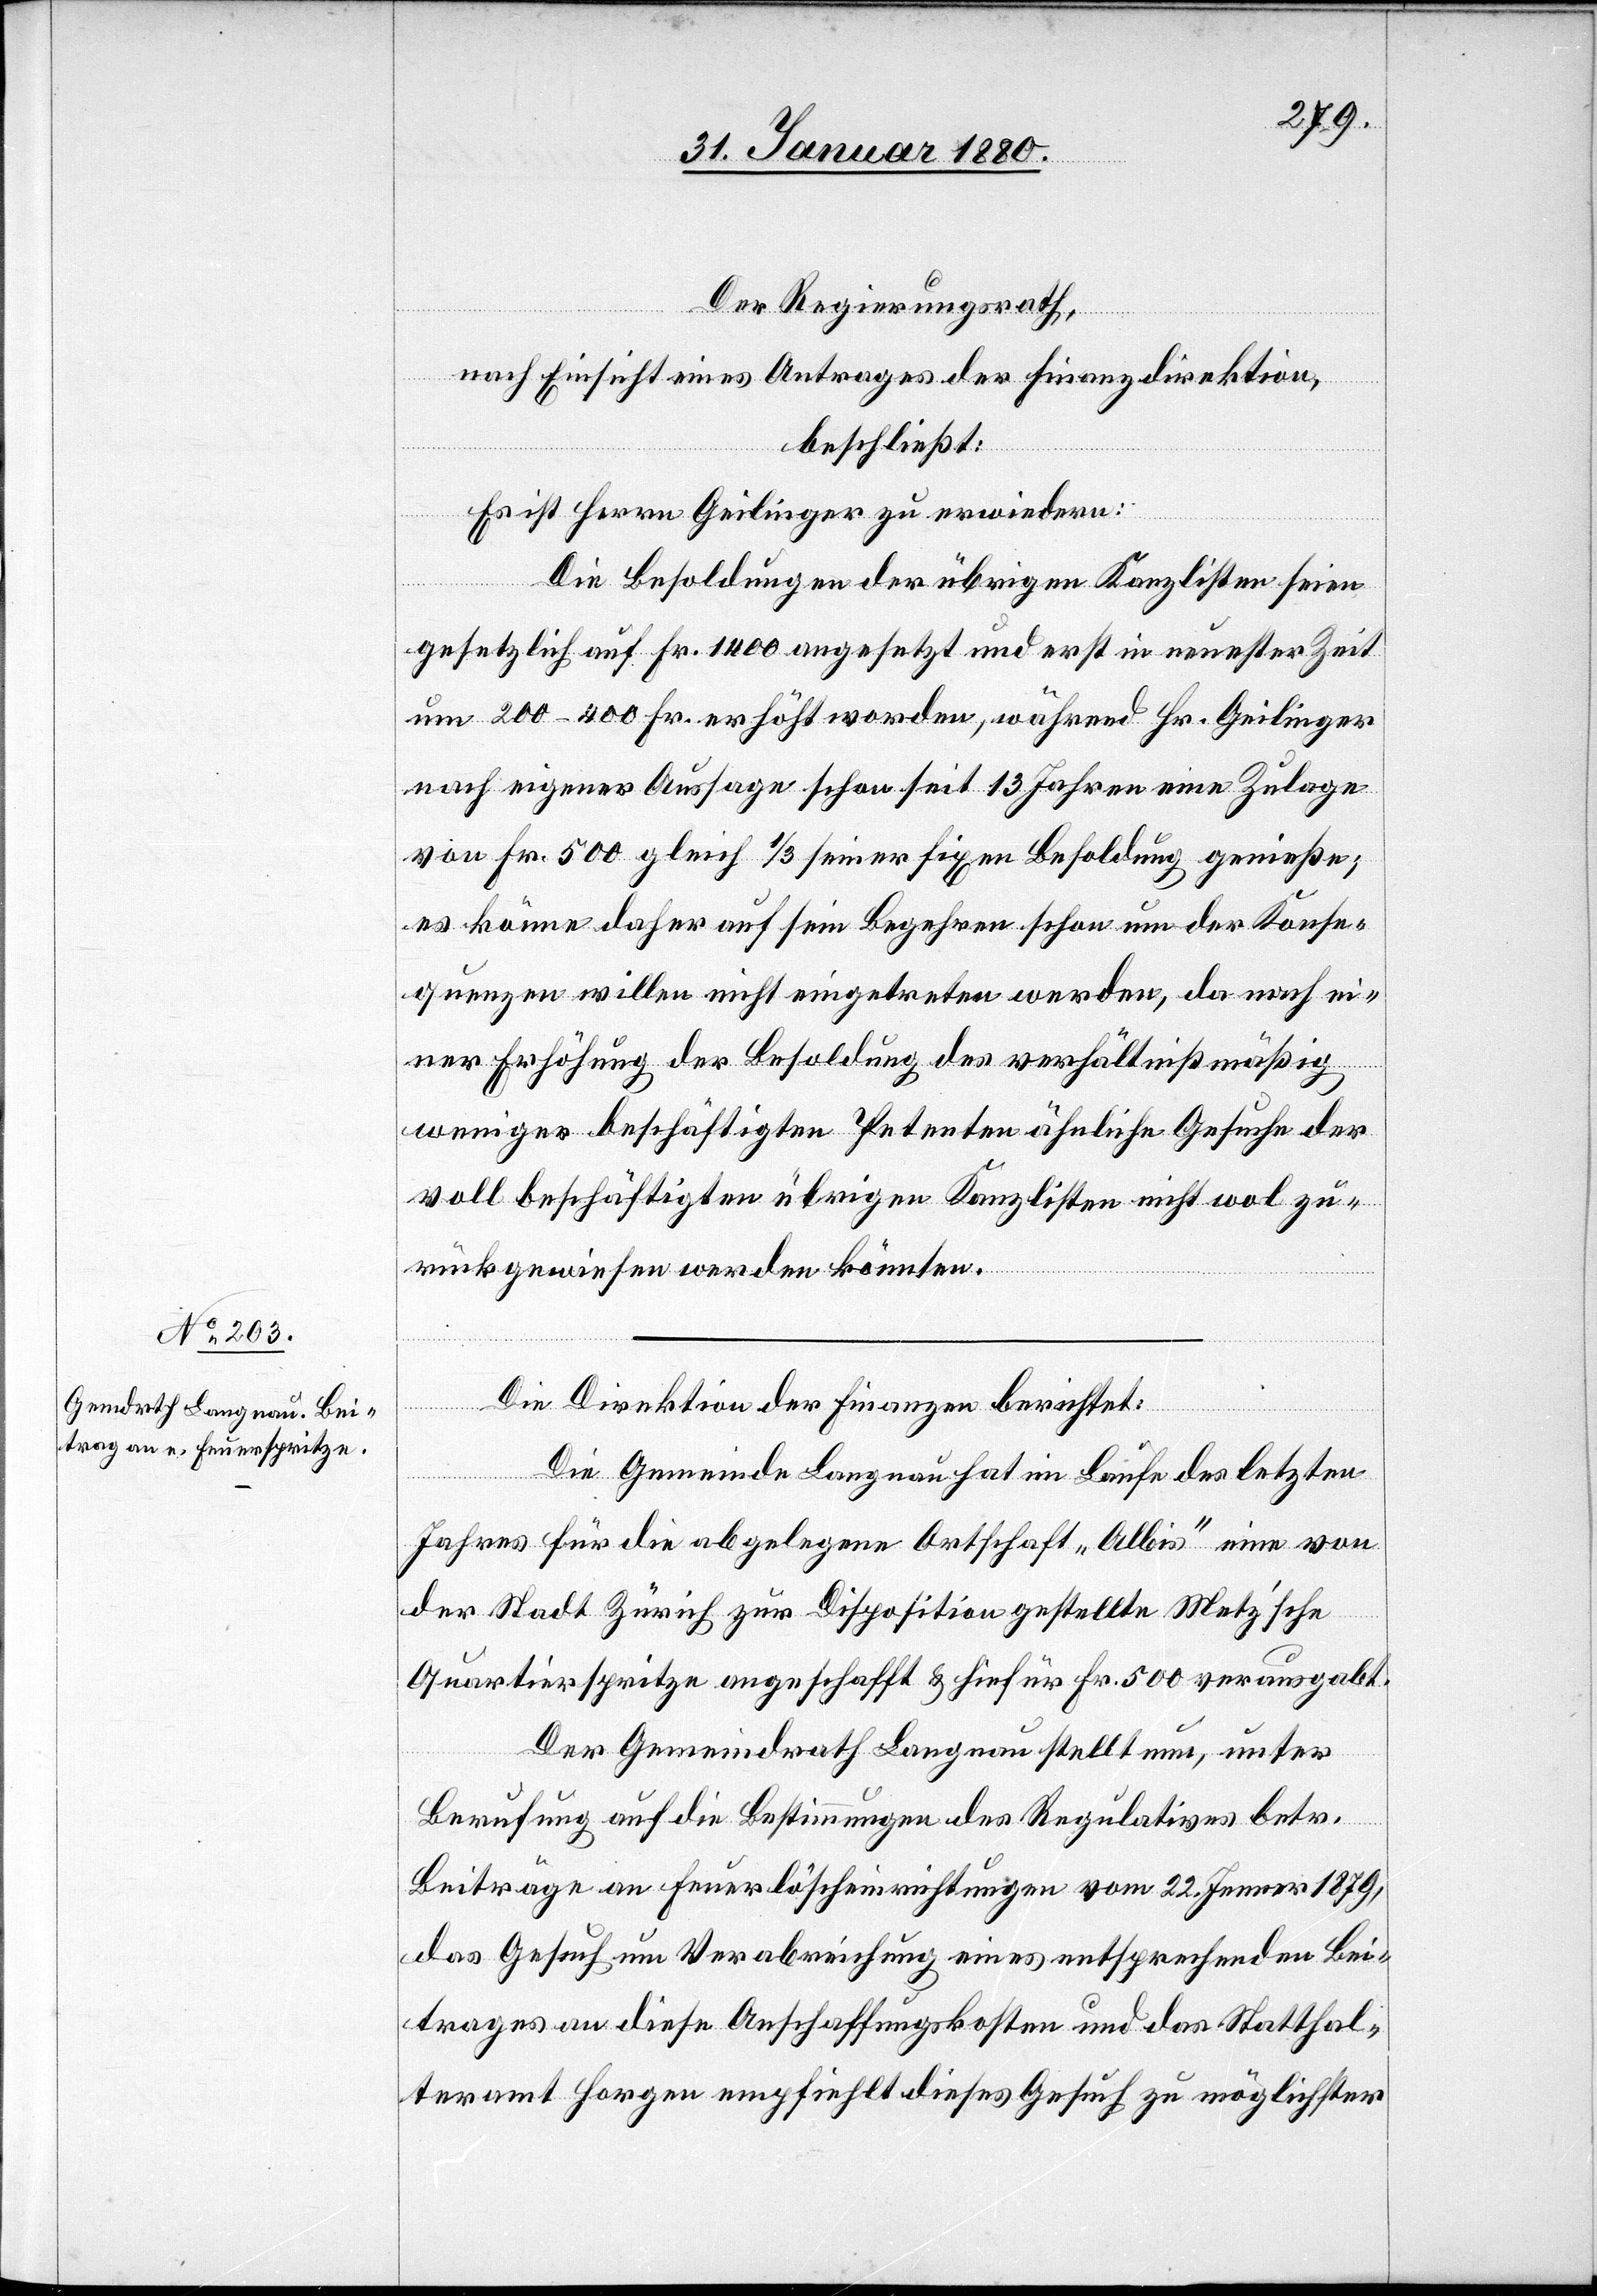
Der Regierungsrath,
nach Einsicht eines Antrages der Finanzdirektion,
beschließt:
Es ist Herrn Geilinger zu erwiedern:
Die Besoldungen der übrigen Kanzlisten seien
gesetzlich auf Fr. 1400 angesetzt und erst in neuester Zeit
um 200–400 Fr. erhöht worden, während Hr. Geilinger
nach eigener Aussage schon seit 13 Jahren eine Zulage
von Fr. 500 gleich 1/3 seiner fixen Besoldung genieße;
es könne daher auf sein Begehren schon um der Konse¬
quenzen willen nicht eingetreten werden, da nach ei¬
ner Erhöhung der Besoldung des verhältnißmäßig
weniger beschäftigten Petenten ähnliche Gesuche der
voll beschäftigten übrigen Kanzlisten nicht wol zu¬
rückgewiesen werden könnten.
Die Direktion der Finanzen berichtet:
Die Gemeinde Langnau hat im Laufe des letzten
Jahres für die abgelegene Ortschaft „Albis“ eine von
der Stadt Zürich zur Disposition gestellte Metz’sche
Quartierspritze angeschafft & hiefür Fr. 500 verausgabt.
Der Gemeindrath Langnau stellt nun, unter
Berufung auf die Bestimmungen des Regulativs betr.
Beiträge an Feuerlöscheinrichtungen vom 22. Jenner 1879,
das Gesuch um Verabreichung eines entsprechenden Bei¬
trages an diese Anschaffungskosten und das Statthal¬
teramt Horgen empfiehlt dieses Gesuch zu möglichster